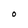
Character: O